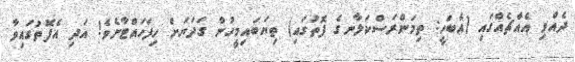
ދެއްވި އެއްޗެއްގައި (އެބަހީ: ތިމަންރަސްކަލާނގެ ފޮތުގައި) ތިޔަބައިމީހުން ގަދަޔަށް ހިފަހައްޓާށެވެ! އަދި އެފޮތުގައިވާ